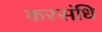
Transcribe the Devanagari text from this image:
करसंधि